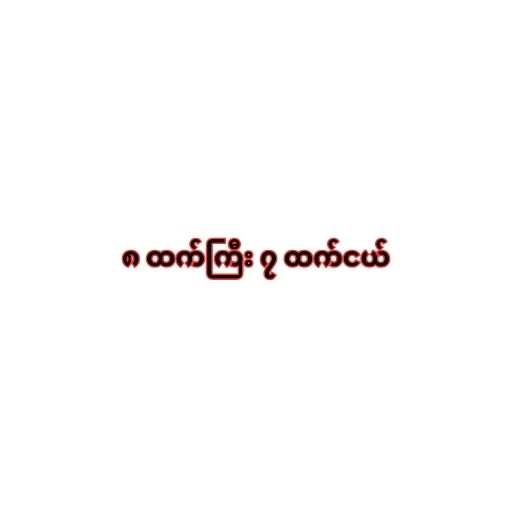
၈ ထက်ကြီး ၇ ထက်ငယ်